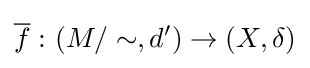
{\overline {f}}\,\colon (M/\sim ,d')\to (X,\delta )